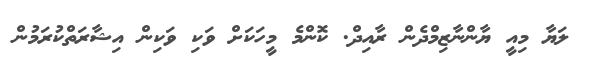
ލަޔާ މިއީ ޔާންނާޒިމްދެން ރާއިދް. ކޮންމެ މީހަކަށް ވަކި ވަކިން އިޝާރަތްކުރަމުން